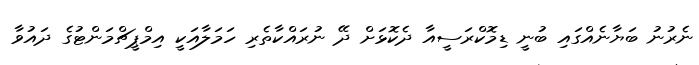
ނެރުނު ބަޔާނެއްގައި ބުނީ ޑިމޮކްރަސީއާ ދެކޮޅަށް ދޭ ނުރައްކާތެރި ހަމަލާއަކީ އިމްޕީޗްމަންޓުގެ ދައުވާ